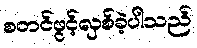
စတင်ဖွင့်လှစ်ခဲ့ပါသည်